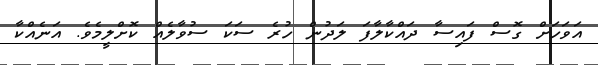
އަވަހަށް ގޮސް ފައިސާ ދައްކާލާފަ ލަދުން ހުރެ ސަކަ ސުވާލެއް ކޮށްލީމެވެ. އަނެއްކާ